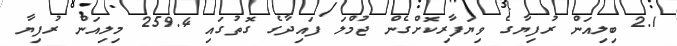
2.1 ބިލިއަން ރުފިޔާގެ ވިޔަފާރިކޮށްގެން ޖުމްލަ ފައިދާގެ ގޮތުގައި 259.4 މިލިއަން ރުފިޔާ